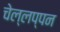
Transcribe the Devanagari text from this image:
चेल्लप्पन